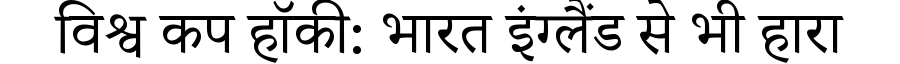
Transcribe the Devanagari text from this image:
विश्व कप हॉकी: भारत इंग्लैंड से भी हारा